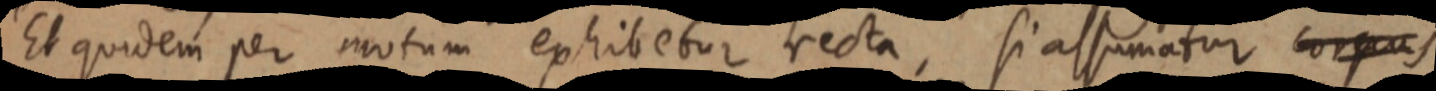
Et quidem per motum exhibetur recta, si assumatur corpus